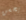
يحسن